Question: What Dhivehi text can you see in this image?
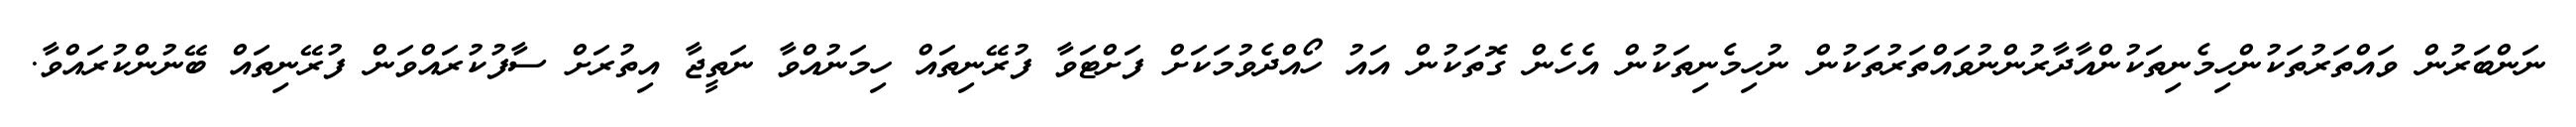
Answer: ނަންބަރުން ވައްތަރުތަކުންހިމެނިތަކުންއާދާރުންނުވައްތަރުތަކުން ނުހިމެނިތަކުން އެހެން ގޮތަކުން އައު ހޯއްދެވުމަކަށް ފަށްޓަވާ ފުރޭނިތައް ހިމަނުއްވާ ނަތީޖާ އިތުރަށް ސާފުކުރައްވަން ފުރޭނިތައް ބޭނުންކުރައްވާ.